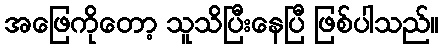
အဖြေကိုတော့ သူသိပြီးနေပြီ ဖြစ်ပါသည်။